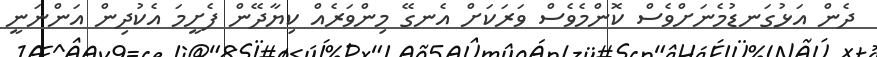
ދެން އަޅުގަނޑުމެނަށްވެސް ކޮންމެވެސް ވަރަކަށް އެނގޭ މިންވަރެއް ކިޔާދޭން ފެށީމަ އެކުދިން އަންނަނީ